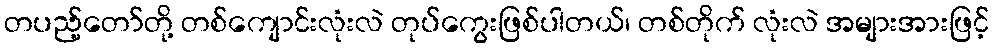
တပည့်တော်တို့ တစ်ကျောင်းလုံးလဲ တုပ်ကွေးဖြစ်ပါတယ်၊ တစ်တိုက် လုံးလဲ အများအားဖြင့်